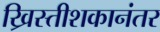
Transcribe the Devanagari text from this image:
ख्रिस्तीशकानंतर